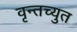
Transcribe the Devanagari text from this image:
वृन्तच्युत